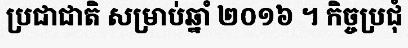
ប្រជាជាតិ សម្រាប់ឆ្នាំ ២០១៦ ។ កិច្ចប្រជុំ